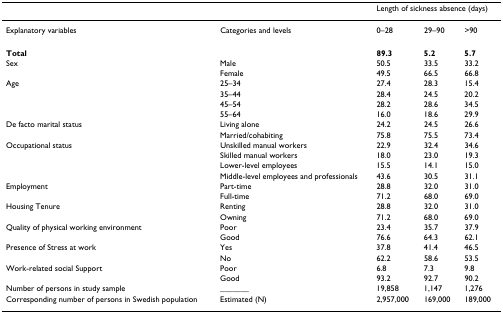
|  |  | <COLSPAN=3> Length of sickness absence (days) |
 | --- | --- | --- | --- | --- |
 | Explanatory variables | Categories and levels | 0–28 | 29–90 | >90 |
 | Total |  | 89.3 | 5.2 | 5.7 |
 | Sex | Male | 50.5 | 33.5 | 33.2 |
 |  | Female | 49.5 | 66.5 | 66.8 |
 | Age | 25–34 | 27.4 | 28.3 | 15.4 |
 |  | 35–44 | 28.4 | 24.5 | 20.2 |
 |  | 45–54 | 28.2 | 28.6 | 34.5 |
 |  | 55–64 | 16.0 | 18.6 | 29.9 |
 | De facto marital status | Living alone | 24.2 | 24.5 | 26.6 |
 |  | Married/cohabiting | 75.8 | 75.5 | 73.4 |
 | Occupational status | Unskilled manual workers | 22.9 | 32.4 | 34.6 |
 |  | Skilled manual workers | 18.0 | 23.0 | 19.3 |
 |  | Lower-level employees | 15.5 | 14.1 | 15.0 |
 |  | Middle-level employees and professionals | 43.6 | 30.5 | 31.1 |
 | Employment | Part-time | 28.8 | 32.0 | 31.0 |
 |  | Full-time | 71.2 | 68.0 | 69.0 |
 | Housing Tenure | Renting | 28.8 | 32.0 | 31.0 |
 |  | Owning | 71.2 | 68.0 | 69.0 |
 | Quality of physical working environment | Poor | 23.4 | 35.7 | 37.9 |
 |  | Good | 76.6 | 64.3 | 62.1 |
 | Presence of Stress at work | Yes | 37.8 | 41.4 | 46.5 |
 |  | No | 62.2 | 58.6 | 53.5 |
 | Work-related social Support | Poor | 6.8 | 7.3 | 9.8 |
 |  | Good | 93.2 | 92.7 | 90.2 |
 | Number of persons in study sample | _______ | 19,858 | 1,147 | 1,276 |
 | Corresponding number of persons in Swedish population | Estimated (N) | 2,957,000 | 169,000 | 189,000 |